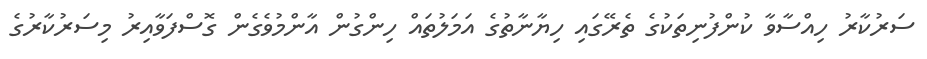
ސަރުކާރު ހިއްސާވާ ކުންފުނިތަކުގެ ތެރޭގައި ހިޔާނާތުގެ އަމަލުތައް ހިންގުން އާންމުވެގެން ގޮސްފަވާއިރު މިސަރުކާރުގެ